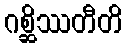
ဂစ္ဆိဿတီတိ